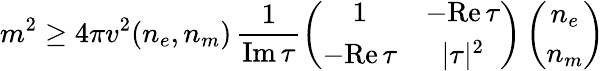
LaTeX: m^{2}\geq 4\pi v^{2}(n_{e},n_{m})\, \frac{1}{\mathrm{Im}\, \tau}\left(\begin{array}{cc}{{1}}&{{-\mathrm{Re}\, \tau}}\\ {{-\mathrm{Re}\, \tau}}&{{|\tau|^{2}}}\end{array}\right)\left(\begin{array}{c}{{n_{e}}}\\ {{n_{m}}}\end{array}\right)